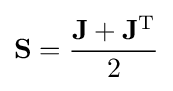
\mathbf {S} ={\frac {\mathbf {J} +\mathbf {J} ^{\text{T}}}{2}}